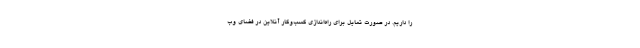
را داریم. در صورت تمایل برای راه‌اندازی کسب‌وکار آنلاین در فضای وب